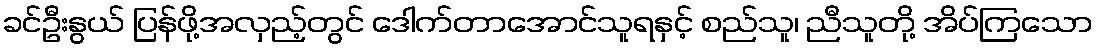
ခင်ဦးနွယ် ပြန်ဖို့အလှည့်တွင် ဒေါက်တာအောင်သူရနှင့် စည်သူ၊ ညီသူတို့ အိပ်ကြသော